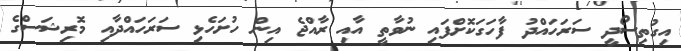
އިގުތިސޯދީ ސަރަހައްދު ފާހަގަކޮށްފައި ނުވާތީ އާއި ރާއްޖެ އިން ހުށަހެޅި ސަރަހައްދާއި މޮރިޝަސްގެ